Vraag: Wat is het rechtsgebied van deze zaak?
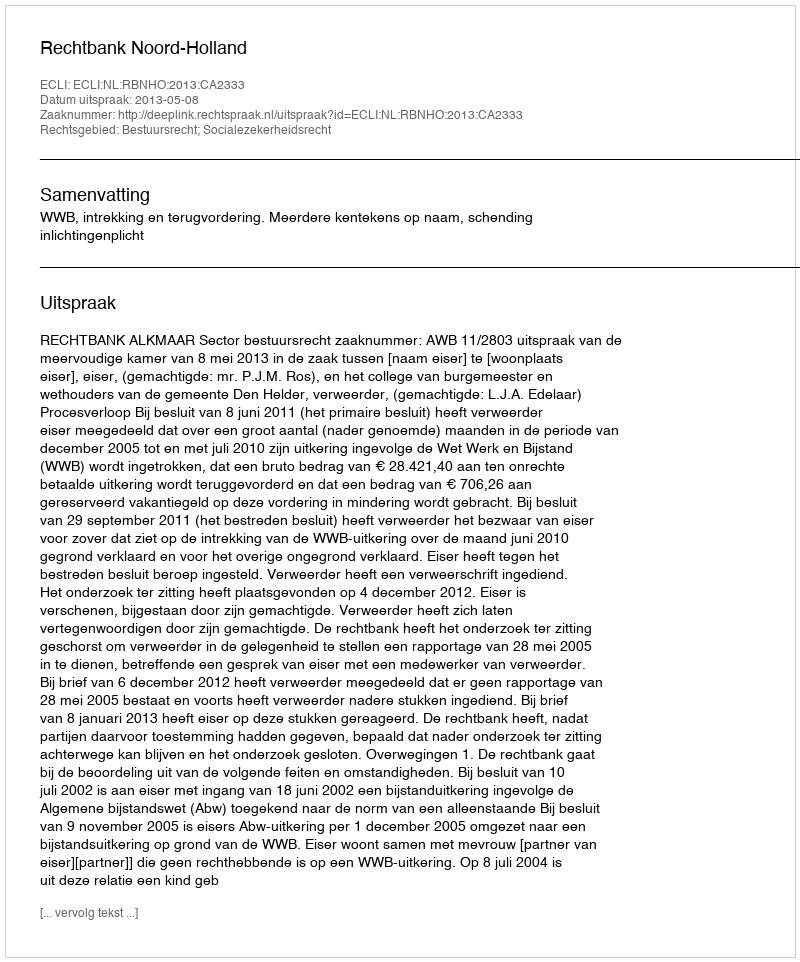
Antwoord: Bestuursrecht; Socialezekerheidsrecht